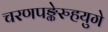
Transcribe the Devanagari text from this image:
चरणपङ्केरुहयुगे